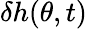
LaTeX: \delta h(\theta,t)